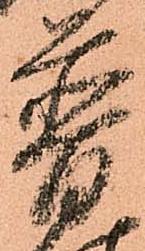
普